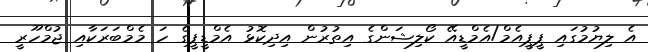
އެ ލިޔުމުގައި ޕީޕީއެމް/އެމްޑީއޭ ކޯލިޝަންގެ އިތުރުން އިދިކޮޅު އެމްޑީޕީގެ ހަ މެމްބަރަކާއި ޖުމްހޫރީ